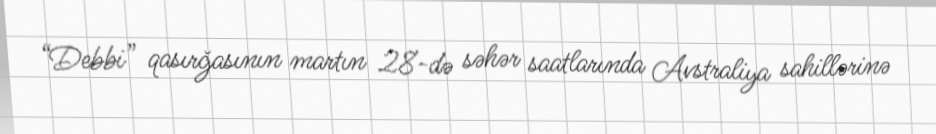
“Debbi” qasırğasının martın 28-də səhər saatlarında Avstraliya sahillərinə